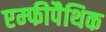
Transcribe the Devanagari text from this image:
एम्फीपैथिक